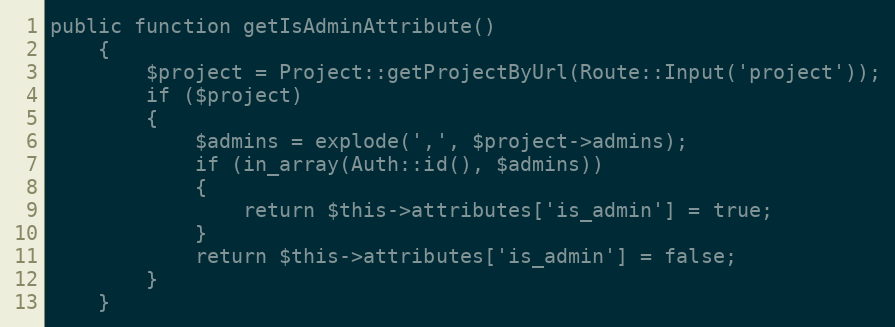
Language: PHP
public function getIsAdminAttribute()
	{
		$project = Project::getProjectByUrl(Route::Input('project'));
		if ($project)
		{
			$admins = explode(',', $project->admins);
			if (in_array(Auth::id(), $admins))
			{
				return $this->attributes['is_admin'] = true;
			}
			return $this->attributes['is_admin'] = false;
		}
	}